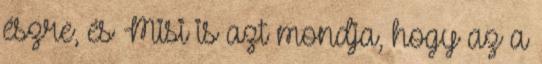
észre, és Misi is azt mondja, hogy az a